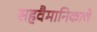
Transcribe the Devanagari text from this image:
सहवैमानिकाचे